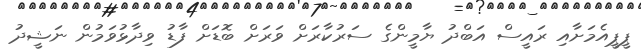
ޕީޕީއެމަށާއި ރައީސް އަބްދު ޔާމީންގެ ސަރުކާރަށް ވަރަށް ބޮޑަށް ފާޑު ވިދާޅުވަމުން ނަޝީދު